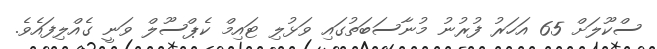
ސްކޫލަށް 65 އަހަރު ފުރުނު މުނާސަބަތުގައި ވަޅުލި ޓައިމް ކެޕްސޫލް ވަނީ ގެއްލިފައެވެ.